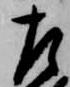
左